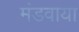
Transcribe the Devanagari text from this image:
मंडवाया